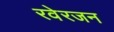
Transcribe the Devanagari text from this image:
रवेरजन